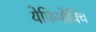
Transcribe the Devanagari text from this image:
येफिमोविच